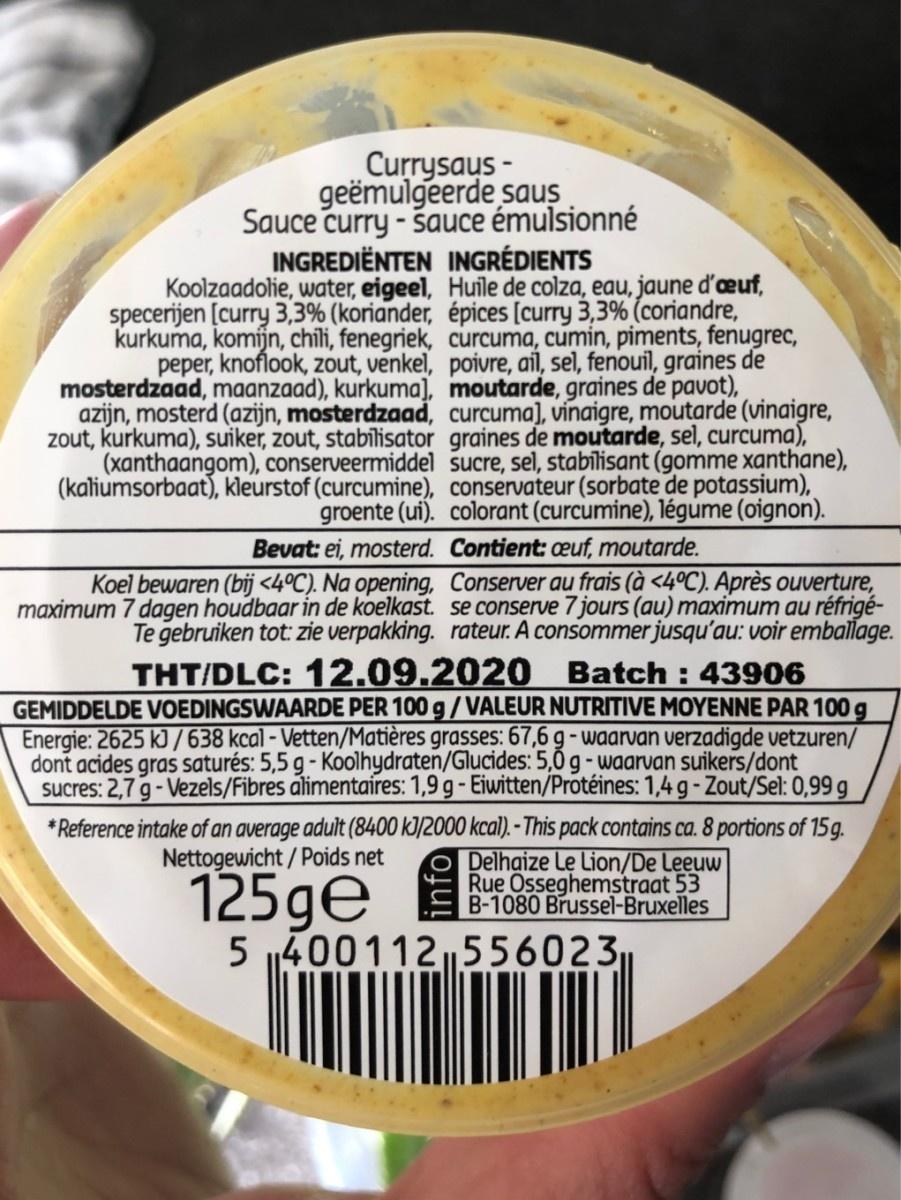
Currysaus - geëmulgeerde saus Sauce curry - sauce émulsionné INGREDIËNTEN INGRÉDIENTS Koolzaadolie, water, eigeel, Huile de colza, eau, jaune d'euf, specerijen (curry 3,3% (koriander, épices [curry 3,3% (coriandre, kurkuma, komijn, chili, fenegriek, curcuma, cumin, piments, fenugrec, peper, knoflook, zout, venkel, poivre, ail, sel, fenouil, graines de mosterdzaad, maanzaad), kurkuma), moutarde, graines de pavot), azijn, mosterd (azijn, mosterdzaad, curcuma], vinaigre, moutarde (vinaigre, zout, kurkuma), suiker, zout, stabilisator graines de moutarde, sel, curcuma), (xanthaangom), conserveermiddel sucre, sel, stabilisant (gomme xanthane), (kaliumsorbaat), kleurstof (curcumine), conservateur (sorbate de potassium),
groente (ui). colorant (curcumine), légume (oignon).
Bevat: ei, mosterd. Contient: æuf, moutarde. Koel bewaren (bij <4°C). Na opening, Conserver au frais (à <4°C). Après ouverture, maximum 7 dagen houdbaar in de koelkast. se conserve 7 jours (au) maximum au réfrigé- Te gebruiken tot: zie verpakking. rateur. A consommer jusqu'au: voir embailage.
THT/DLC: 12.09.2020 Batch : 43906 GEMIDDELDE VOEDINGSWAARDE PER 100 g/VALEUR NUTRITIVE MOYENNE PAR 100 g Energie: 2625 kJ / 638 kcal - Vetten/Matières grasses: 67,6 g - waarvan verzadigde vetzuren/ dont acides gras saturés: 5,5 g- Koolhydraten/Glucides: 5,0 g-waarvan suikers/dont sucres: 2,7 g- Vezels/Fibres alimentaires: 1,9 g - Eiwitten/Protéines: 1,4 g - Zout/Sel: 0,99 g
* Reference intake of an average adult (8400 K]/2000 kcal). - This pack contains ca. 8 portions of 15g.
Nettogewicht / Poids net
O Delhaize Le Lion/De Leeuw Rue Osseghemstraat 53 B-1080 Brussel-Bruxelles
125ge 5 400112 556023